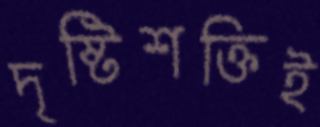
দৃষ্টিশক্তিই